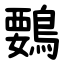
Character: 䳩